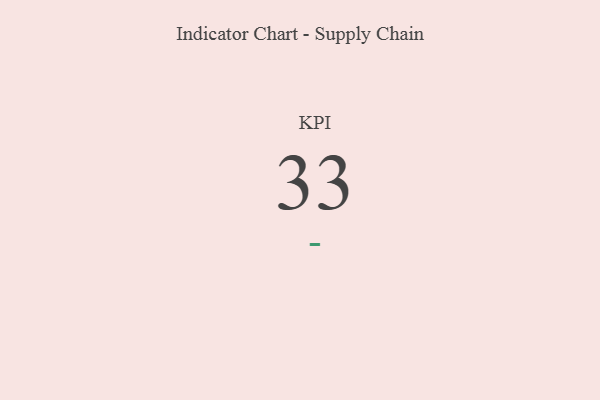
{"axis": {"x": "KPI", "y": "Value"}, "legend": [""], "data": [{"x": "KPI", "y": 33, "type": ""}]}